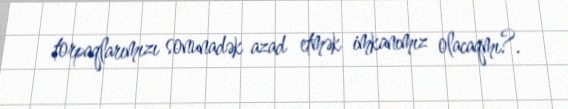
torpaqlarımızı sonunadək azad etmək imkanımız olacaqmı?.